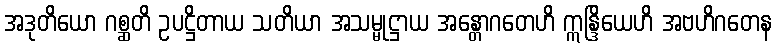
အဒုတိယော ဂစ္ဆတိ ဥပဋ္ဌိတာယ သတိယာ အသမ္မုဋ္ဌာယ အန္တောဂတေဟိ ဣန္ဒြိယေဟိ အဗဟိဂတေန